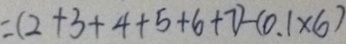
= ( 2 + 3 + 4 + 5 + 6 + 7 ) - ( 0 . 1 \times 6 )